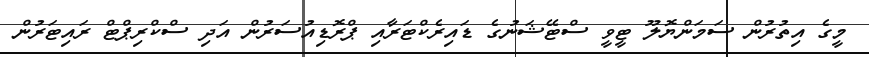
މީގެ އިތުރުން ސަމަންޔޮލޫ ޓީވީ ސްޓޭޝަނުގެ ޑައިރެކްޓަރާއި ޕްރޮޑިއުސަރުން އަދި ސްކްރިޕްޓް ރައިޓަރުން